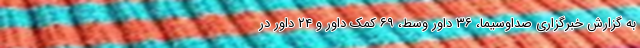
به گزارش خبرگزاری صداوسیما، ۳۶ داور وسط، ۶۹ کمک داور و ۲۴ داور در